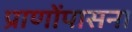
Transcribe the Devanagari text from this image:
प्राणोंपासना